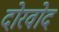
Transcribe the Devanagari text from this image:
दोरवोद